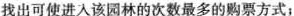
找出可使进入该园林的次数最多的购票方式；